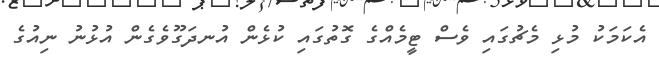
އެކަމަކު މުޅި މެޗުގައި ވެސް ޓީމެއްގެ ގޮތުގައި ކުޅެން އުނދަގޫވެގެން އުޅުނު ނިއުގެ